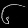
Digit: ၆